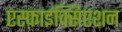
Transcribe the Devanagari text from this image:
एस्फ़ाइक्सिएशन